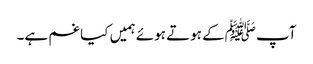
آپ ﷺکے ہوتے ہوئے ہمیں کیا غم ہے۔